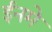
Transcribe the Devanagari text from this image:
ईनमे